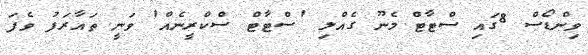
ވިންޑޯސް 8ގައި ސްޓާޓް މެނޫ ގެއްލި 'ސްޓާޓް ސްކްރީނެއް' ވަނީ ތައާރަފު ވެފަ